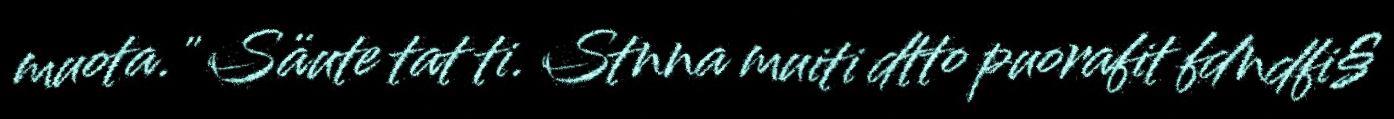
muota." Säute tat ti. Stnna muiti dtto puorafit fdndfi§